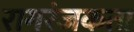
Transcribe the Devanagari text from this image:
रागरंजकता